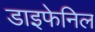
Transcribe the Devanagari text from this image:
डाइफेनिल